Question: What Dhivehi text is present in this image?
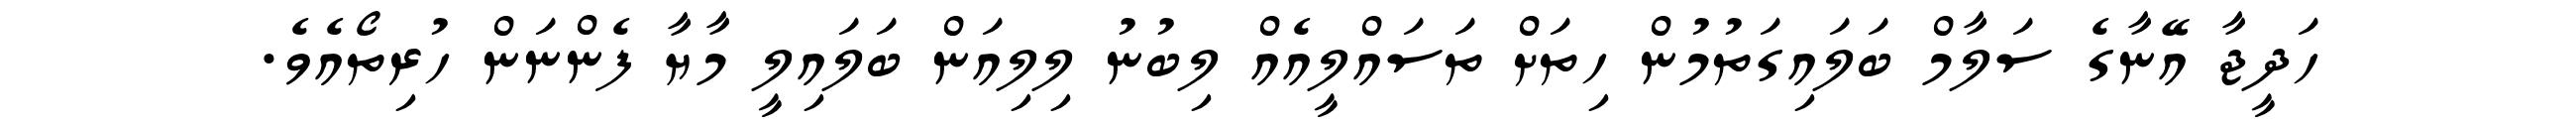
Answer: ހަދީޖާ އޭނާގެ ސަލާމް ބަލައިގަތުމުން ހިތަށް ތަސައްލީއެއް ލިބުނު ލިލިއަން ބަލައިލީ މާޔާ ފެންނަން ހުރިތޯއެވެ.